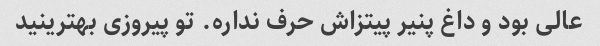
عالی بود و داغ پنیر پیتزاش حرف نداره. تو پیروزی بهترینید